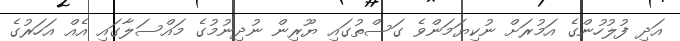
އަދި ފުލުހުންގެ އަމުރަށް ނުކިޔަމަންވެ ގަސްތުގައި ޔޫރިން ނުދިނުމުގެ މައްސަލާގައި އެއް އަހަރުގެ